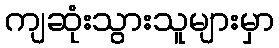
ကျဆုံးသွားသူများမှာ